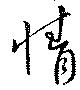
情